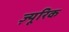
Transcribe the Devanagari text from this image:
ज़्यूरिक